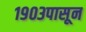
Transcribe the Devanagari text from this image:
१९०३पासून